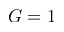
G = 1